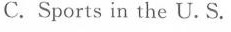
C.Sports in the U.S.